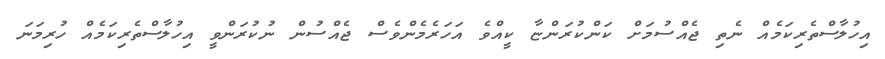
އިހުލާސްތެރިކަމެއް ނެތި ޖެއްސުމަށް ކަންކުރަންޏާ ކީއްވެ އަހަރެމެންވެސް ޖެއްސުން ނުކުރަންވީ އިހުލާސްތެރިކަމެއް ހުރިމަނަ